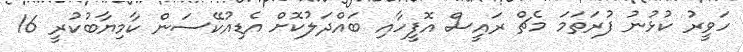
ހަވީރު ކުޅުނު ފުރަތަމަ މެޗް ރައީސް އޮފީހާއި ބައްދަލުކޮށް އެޑިއުކޭސަން ކާމިޔާބުކުރީ 16